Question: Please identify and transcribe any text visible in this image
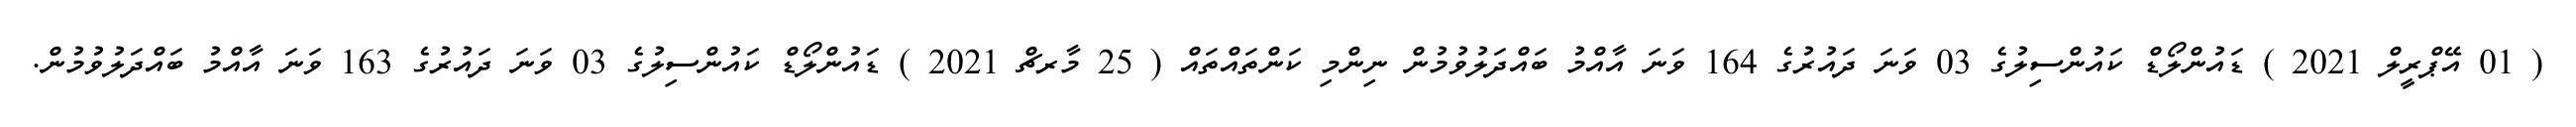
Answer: ( 01 އޭޕްރީލް 2021 ) ޑައުންލޯޑް ކައުންސިލުގެ 03 ވަނަ ދައުރުގެ 164 ވަނަ އާއްމު ބައްދަލުވުމުން ނިންމި ކަންތައްތައް ( 25 މާރޗް 2021 ) ޑައުންލޯޑް ކައުންސިލުގެ 03 ވަނަ ދައުރުގެ 163 ވަނަ އާއްމު ބައްދަލުވުމުން.